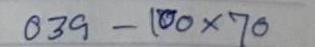
039 - 100 x 70